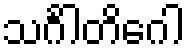
သင်္ဂါတိဂေါ